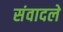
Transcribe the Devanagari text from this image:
संवादले